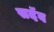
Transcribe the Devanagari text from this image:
सदॅव